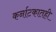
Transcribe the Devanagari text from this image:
कर्नाटकातही